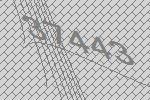
37443